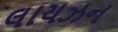
લાયઝન